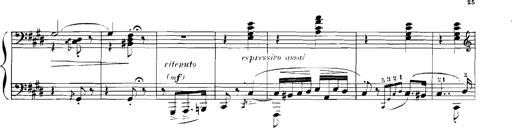
Title: Rhapsodies hongroises
Composer: Franz Liszt